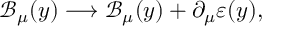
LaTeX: \mathcal { B } _ { \mu } ( y ) \longrightarrow \mathcal { B } _ { \mu } ( y ) + \partial _ { \mu } \varepsilon ( y ) ,